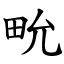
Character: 㽙